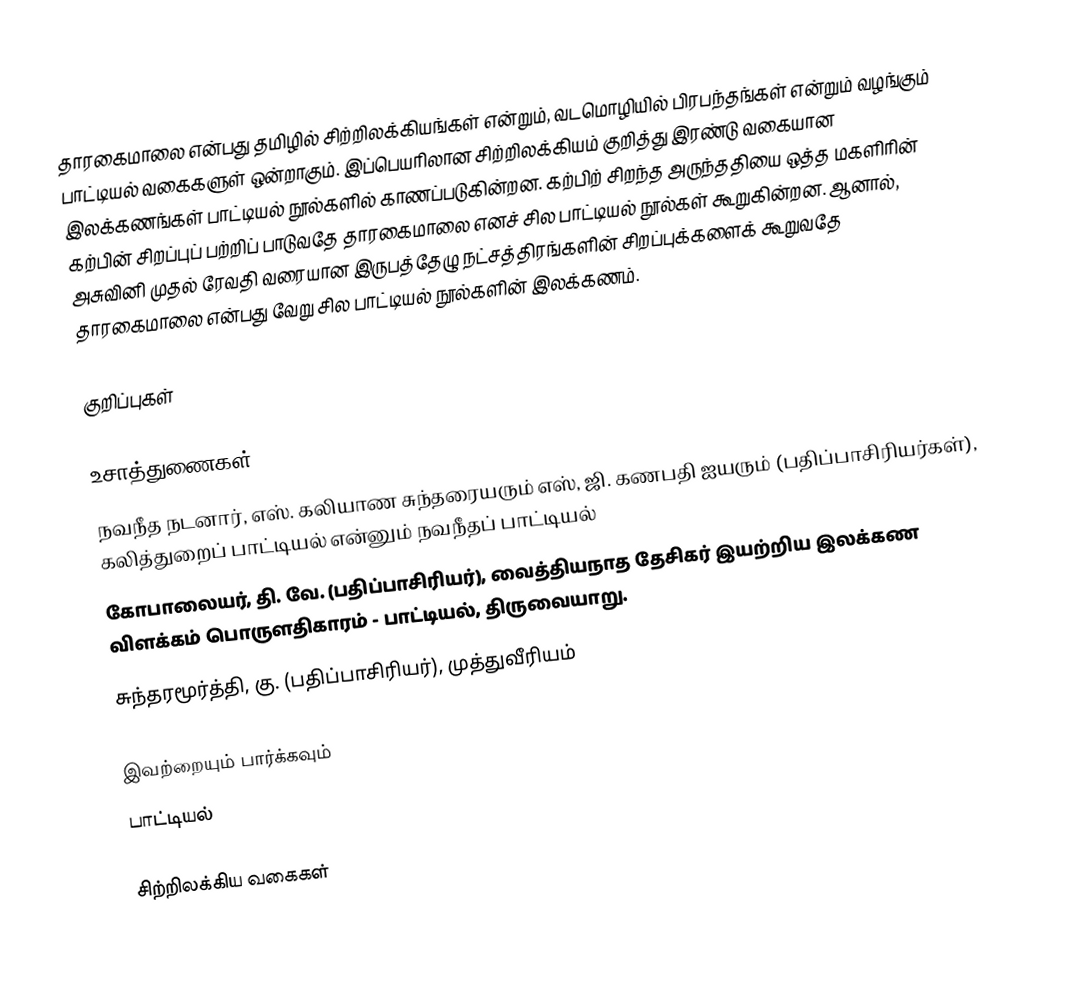
தாரகைமாலை என்பது தமிழில் சிற்றிலக்கியங்கள் என்றும், வடமொழியில் பிரபந்தங்கள் என்றும் வழங்கும் பாட்டியல் வகைகளுள் ஒன்றாகும். இப்பெயரிலான சிற்றிலக்கியம் குறித்து இரண்டு வகையான இலக்கணங்கள் பாட்டியல் நூல்களில் காணப்படுகின்றன. கற்பிற் சிறந்த அருந்ததியை ஒத்த மகளிரின் கற்பின் சிறப்புப் பற்றிப் பாடுவதே தாரகைமாலை எனச் சில பாட்டியல் நூல்கள் கூறுகின்றன. ஆனால், அசுவினி முதல் ரேவதி வரையான இருபத்தேழு நட்சத்திரங்களின் சிறப்புக்களைக் கூறுவதே தாரகைமாலை என்பது வேறு சில பாட்டியல் நூல்களின் இலக்கணம்.

குறிப்புகள்

உசாத்துணைகள்
 நவநீத நடனார், எஸ். கலியாண சுந்தரையரும் எஸ், ஜி. கணபதி ஐயரும் (பதிப்பாசிரியர்கள்), கலித்துறைப் பாட்டியல் என்னும் நவநீதப் பாட்டியல்
 கோபாலையர், தி. வே. (பதிப்பாசிரியர்), வைத்தியநாத தேசிகர் இயற்றிய இலக்கண விளக்கம் பொருளதிகாரம் - பாட்டியல், திருவையாறு.
 சுந்தரமூர்த்தி, கு. (பதிப்பாசிரியர்), முத்துவீரியம்

இவற்றையும் பார்க்கவும்
 பாட்டியல்

சிற்றிலக்கிய வகைகள்